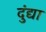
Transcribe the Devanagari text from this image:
दुंद्या